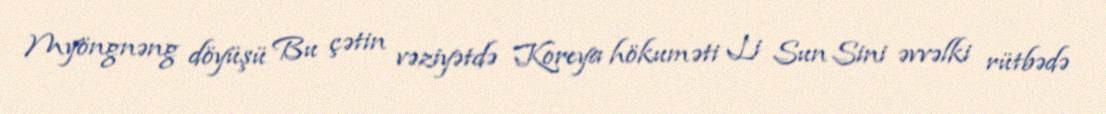
Myöngnəng döyüşü Bu çətin vəziyətdə Koreya hökuməti Li Sun Sini əvvəlki rütbədə